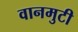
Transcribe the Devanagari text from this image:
वानमुटी